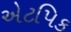
એટપિક